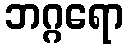
ဘဂ္ဂရော